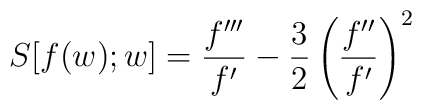
S[f(w); w] = \frac{f'''}{f'} - \frac 32 \left(\frac{f''}{f'}\right)^2